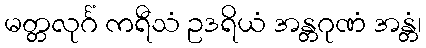
မတ္တလုင်္ဂံ ကရီသံ ဥဒရိယံ အန္တဂုဏံ အန္တံ၊